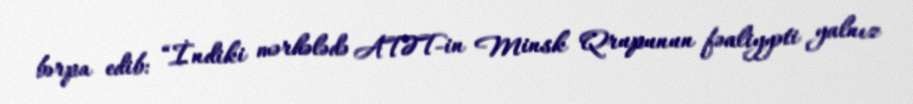
bərpa edib: “İndiki mərhələdə ATƏT-in Minsk Qrupunun fəaliyyəti yalnız